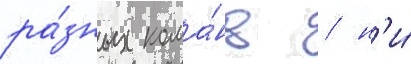
ра́зных кома́нд / н'и́